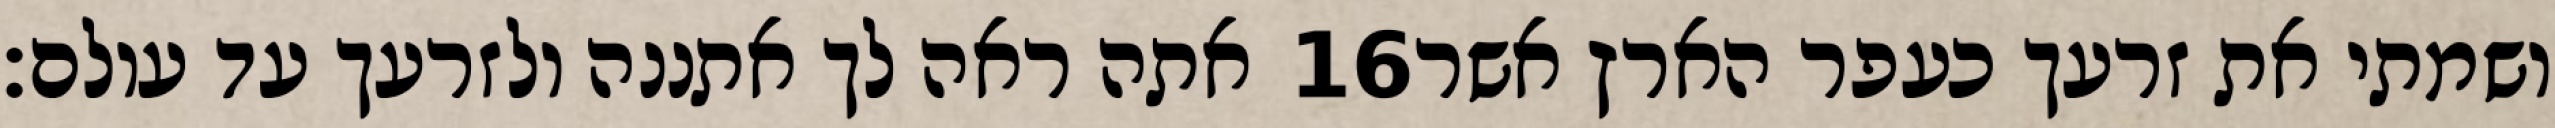
אתה ראה לך אתננה ולזרעך עד עולם׃ ‎16‏ ושמתי את זרעך כעפר הארץ אשר